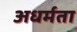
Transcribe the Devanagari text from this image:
अधर्मता